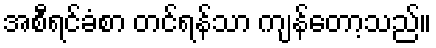
အစီရင်ခံစာ တင်ရန်သာ ကျန်တော့သည်။